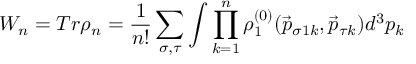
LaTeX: W _ { n } = T r \rho _ { n } = \frac { 1 } { n ! } \sum _ { \sigma , \tau } \int \prod _ { k = 1 } ^ { n } \rho _ { 1 } ^ { ( 0 ) } ( \vec { p } _ { { \sigma 1 } k } , \vec { p } _ { \tau k } ) d ^ { 3 } p _ { k }